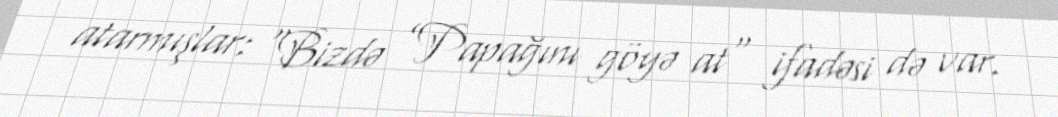
atarmışlar: “Bizdə ”Papağını göyə at" ifadəsi də var.